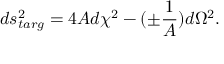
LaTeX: d s _ { t a r g } ^ { 2 } = 4 A d \chi ^ { 2 } - ( \pm { \frac { 1 } { A } } ) d \Omega ^ { 2 } .